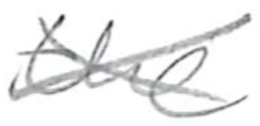
Text: the
Cross-out: cross
Writing tool: pencil